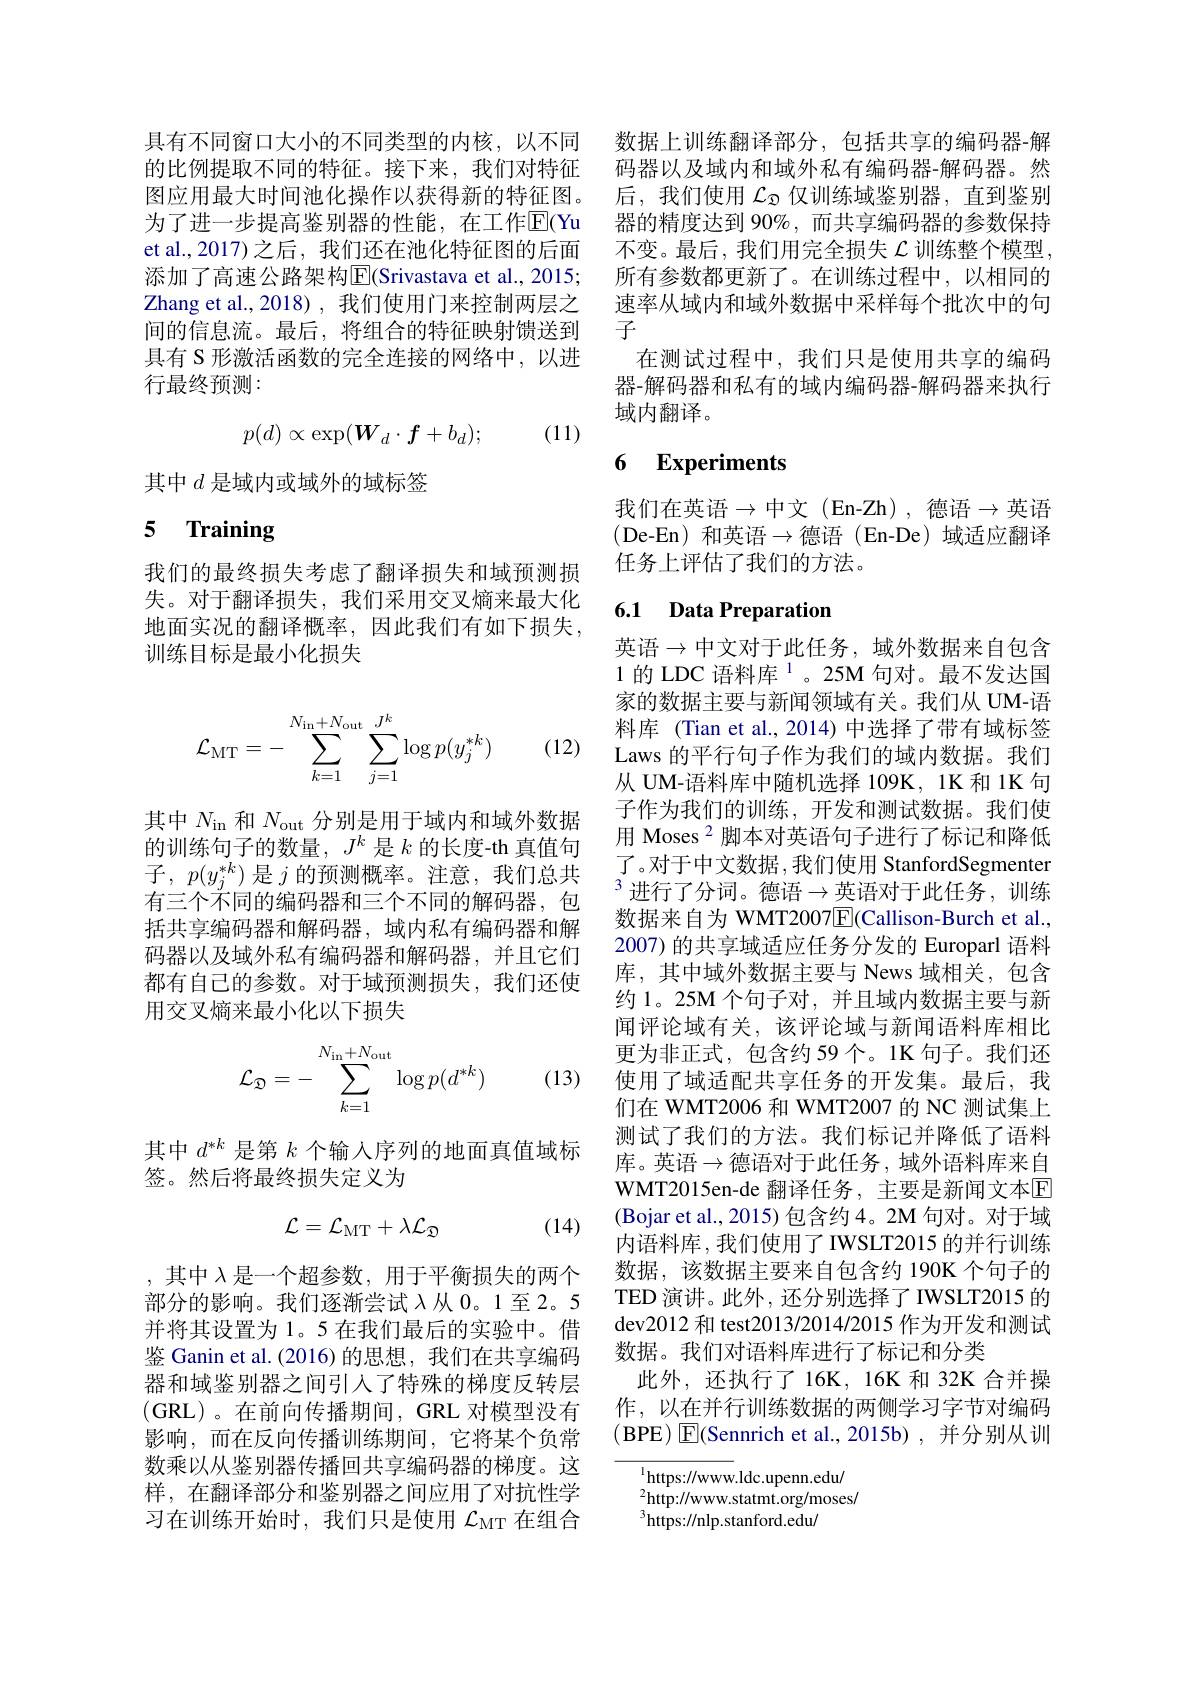
具有不同窗口大小的不同类型的内核，以不同 数据上训练翻译部分，包括共享的编码器-解的比例提取不同的特征。接下来，我们对特征 码器以及域内和域外私有编码器-解码器。然图应用最大时间池化操作以获得新的特征图。后，我们使用$\mathcal{L}_{\mathfrak{D}}$仅训练域鉴别器，直到鉴别为了进一步提高鉴别器的性能，在工作$\overline{\mathrm{E}}($Yu 器的精度达到 90%,而共享编码器的参数保持et al., 2017)之后，我们还在池化特征图的后面 不变。最后，我们用完全损失$\mathcal{L}$训练整个模型， 添加了高速公路架构$|\mathbb{E}|($Srivastava et al.,2015; 所有参数都更新了。在训练过程中，以相同的Zhang et al.,2018),我们使用门来控制两层之间的信息流。最后，将组合的特征映射馈送到具有 S 形激活函数的完全连接的网络中，以进行最终预测：

(11)
$$p(d)\propto\exp(W_d\cdot\boldsymbol{f}+b_d);$$
其中$d$是域内或域外的域标签

## 5 Training

我们的最终损失考虑了翻译损失和域预测损失。对于翻译损失，我们采用交叉熵来最大化地面实况的翻译概率，因此我们有如下损失， 训练目标是最小化损失

(12)
$$\mathcal{L}_{\mathrm{MT}}=-\sum_{k=1}^{N_{\mathrm{in}}+N_{\mathrm{out}}}\sum_{j=1}^{J^k}\log p(y_j^{*k})$$
其中$N_\mathrm{in}$和$N_\mathrm{out}$分别是用于域内和域外数据的训练句子的数量，$J^k$是$k$的长度-th 真值句子，$p(y_j^{*k})$是$j$的预测概率。注意，我们总共有三个不同的编码器和三个不同的解码器，包括共享编码器和解码器，域内私有编码器和解码器以及域外私有编码器和解码器，并且它们都有自己的参数。对于域预测损失，我们还使用交叉熵来最小化以下损失
$$\mathcal{L}_{\mathfrak{D}}=-\sum_{k=1}^{N_{\mathrm{in}}+N_{\mathrm{out}}}\log p(d^{*k})$$
(13)

其中$d^{*k}$是第$k$个输入序列的地面真值域标
签。然后将最终损失定义为
$$\mathcal{L}=\mathcal{L}_{\mathrm{MT}}+\lambda\mathcal{L}_{\mathfrak{D}}$$
(14)

,其中$\lambda$是一个超参数，用于平衡损失的两个部分的影响。我们逐渐尝试$\lambda$从 0。1至 2。5并将其设置为 1。5 在我们最后的实验中。借鉴 Ganin et al. (2016) 的思想，我们在共享编码器和域鉴别器之间引人了特殊的梯度反转层(GRL)。在前向传播期间，GRL 对模型没有影响，而在反向传播训练期间，它将某个负常数乘以从鉴别器传播回共享编码器的梯度。这样，在翻译部分和鉴别器之间应用了对抗性学习在训练开始时，我们只是使用$\mathcal{L}_\mathrm{MT}$在组合

速率从域内和域外数据中采样每个批次中的句
子
在测试过程中，我们只是使用共享的编码器-解码器和私有的域内编码器-解码器来执行域内翻译。

## 6 Experiments

我们在英语$\to$中文(En-Zh),德语$\to$英语(De-En)和英语$\to$德语(En-De)域适应翻译任务上评估了我们的方法。

### 6.1 Data Preparation

英语$\to$中文对于此任务，域外数据来自包含1 的 LDC 语料库$^{1}$。25M 句对。最不发达国家的数据主要与新闻领域有关。我们从 UM-语料库 (Tian et al., 2014) 中选择了带有域标签Laws 的平行句子作为我们的域内数据。我们从 UM-语料库中随机选择 109K, 1K 和 1K 句子作为我们的训练，开发和测试数据。我们使用 Moses$^{2}$脚本对英语句子进行了标记和降低了。对于中文数据，我们使用 StanfordSegmenter $^3$进行了分词。德语$\to$英语对于此任务，训练数据来自为 WMT2007E$( Callison- Burch et al. $, 2007) 的共享域适应任务分发的 Europarl 语料库，其中域外数据主要与 News 域相关，包含约 1。25M 个句子对，并且域内数据主要与新闻评论域有关，该评论域与新闻语料库相比更为非正式，包含约 59个。1K 句子。我们还使用了域适配共享任务的开发集。最后，我们在 WMT2006 和 WMT2007 的 NC 测试集上测试了我们的方法。我们标记并降低了语料库。英语$\to$德语对于此任务，域外语料库来自WMT2015en-de 翻译任务，主要是新闻文本$\overline{\mathrm{E}}$ (Bojar et al., 2015) 包含约 4。2M 句对。对于域内语料库，我们使用了IWSLT2015 的并行训练数据，该数据主要来自包含约 190K 个句子的TED 演讲。此外，还分别选择了IWSLT2015 的dev2012 和 test2013/2014/2015 作为开发和测试数据。我们对语料库进行了标记和分类
此外，还执行了16K，16K 和 32K 合并操作，以在并行训练数据的两侧学习字节对编码(BPE) $\boxed{\mathrm{F}}($Sennrich et al.,2015b) , 并分别从训

$^{1}$https://www.ldc.upenn.edu/ $^2$http://www.statmt.org/moses/ $^{3}{\mathrm{https://nlp.stanford.edu/}}$